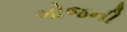
બોજની